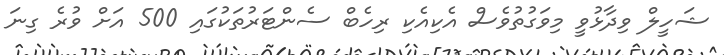
ޝަހީލް ވިދާޅުވީ މިވަގުތުވެސް އެކިއެކި ރިހެބް ސެންޓަރުތަކުގައި 500 އަށް ވުރެ ގިނަ